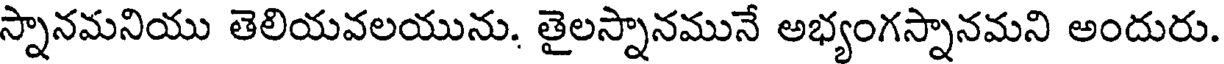
స్నానమనియు తెలియవలయును. తైలస్నానమునే అభ్యంగస్నానమని అందురు.